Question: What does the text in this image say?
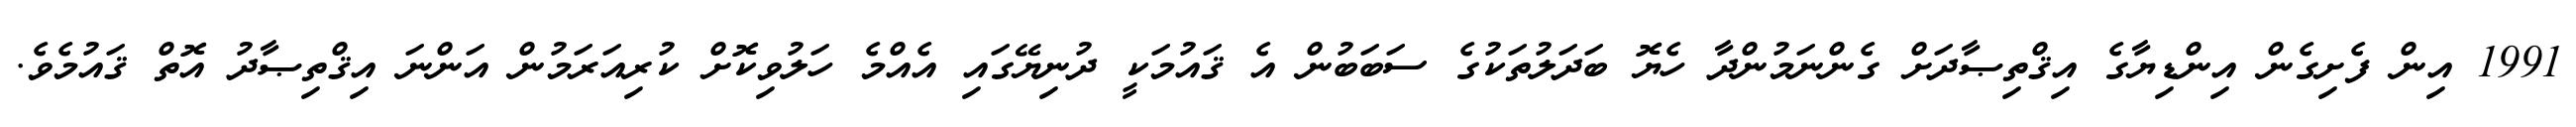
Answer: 1991 އިން ފެށިގެން އިންޑިޔާގެ އިޤްތިޞާދަށް ގެންނަމުންދާ ހެޔޮ ބަދަލުތަކުގެ ސަބަބުން އެ ޤައުމަކީ ދުނިޔޭގައި އެއްމެ ހަލުވިކޮށް ކުރިއަރަމުން އަންނަ އިޤްތިޞާދު އޮތް ޤައުމެވެ.